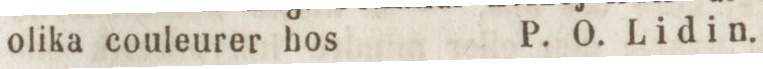
olika couleurer hos    P. O. Lidin.